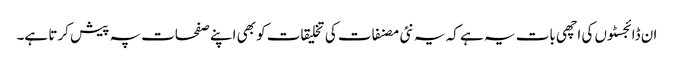
ان ڈائجسٹوں کی اچھی بات یہ ہے کہ یہ نئی مصنفات کی تخلیقات کو بھی اپنے صفحات پہ پیش کرتا ہے۔